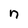
Character: n